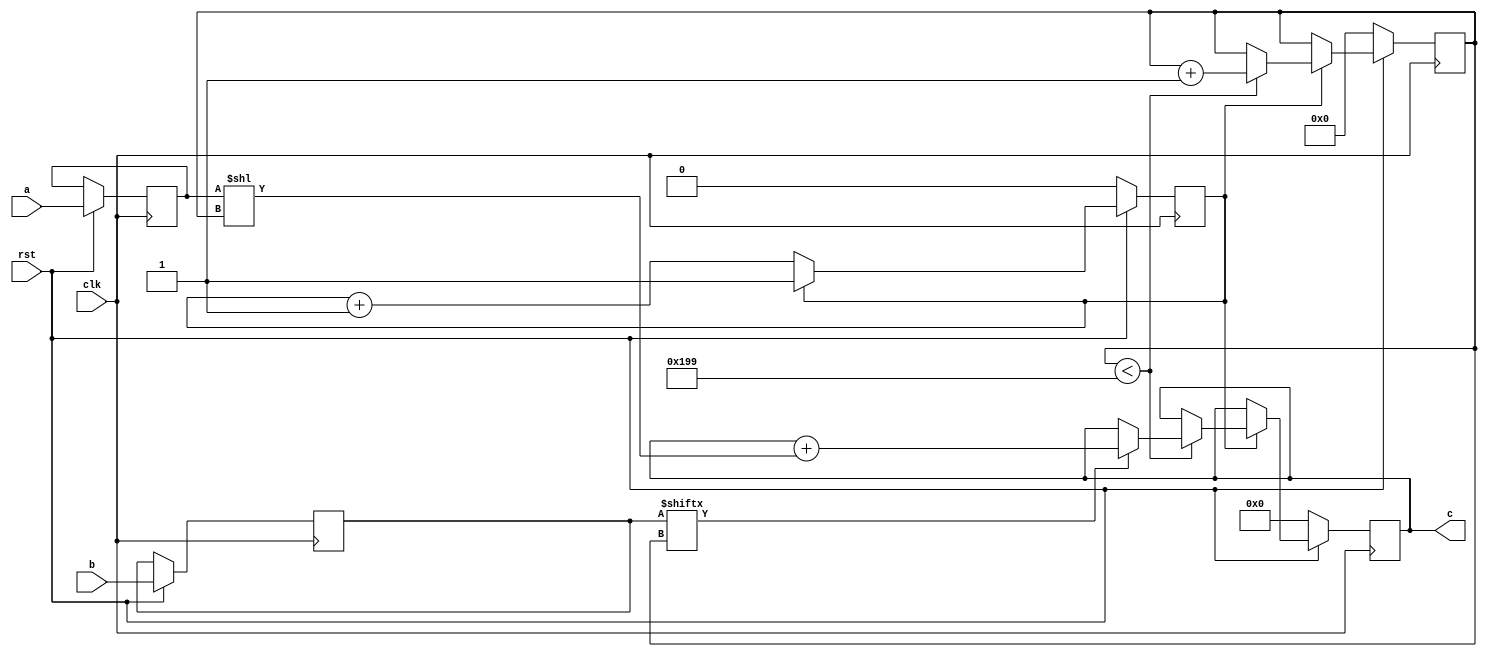
// TalTech large integer multiplier library
// Multiplier type: schoolbook
// Parameters: 409 409 2
// Target tool: genus
module schoolbook(clk, rst, a, b, c);
input clk;
input rst;
input [408:0] a;
input [408:0] b;
output reg [817:0] c;

reg [408:0] a_temp_1;
reg [408:0] b_temp_1;

reg  [8:0] count;
reg skip;

always @(posedge clk) begin
	if (rst == 1'b0) begin
		c <= 818'd0;
		count <= 9'd0;
		skip <= 1'd0;
	end
	else begin
		a_temp_1 <= a;
		b_temp_1 <= b;
		if (skip != 1) skip <= skip + 1;
		else begin
			if (count < 409) begin
				if (b_temp_1[count] == 1) begin
					c <= c + (a_temp_1 << count);
				end
				count <= count + 1;
			end
		end
	end
end
endmodule